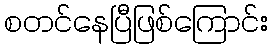
စတင်နေပြီဖြစ်ကြောင်း